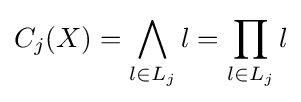
C_{j}(X)=\bigwedge _{{l}{\in }L_{j}}l=\prod _{{l}{\in }L_{j}}l